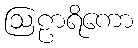
ဩဠာရိကော